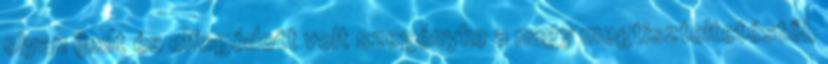
olyan ijedt és elfogódott volt szegényke a nagy megtiszteltetéstől,